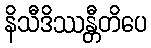
နိသီဒိဿန္တီတိပေ